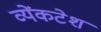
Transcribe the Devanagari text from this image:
व्येंकटेश